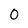
Character: O